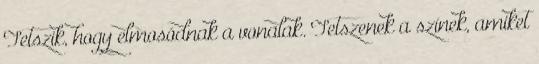
Tetszik, hogy elmosódnak a vonalak. Tetszenek a színek, amiket